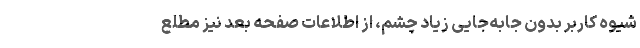
شیوه کاربر بدون جابه‌جایی زیاد چشم، از اطلاعات صفحه بعد نیز مطلع